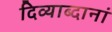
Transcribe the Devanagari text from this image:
दिव्याब्दानां